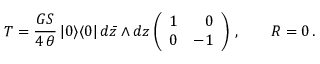
{ \cal T } = \frac { G S } { 4 \, \theta } \, | 0 \rangle \langle 0 | \, d \bar { z } \wedge d z \left( \begin{array} { r r } { { 1 } } & { { 0 } } \\ { { 0 } } & { { - 1 } } \end{array} \right) \, , \qquad { \cal R } = 0 \, .